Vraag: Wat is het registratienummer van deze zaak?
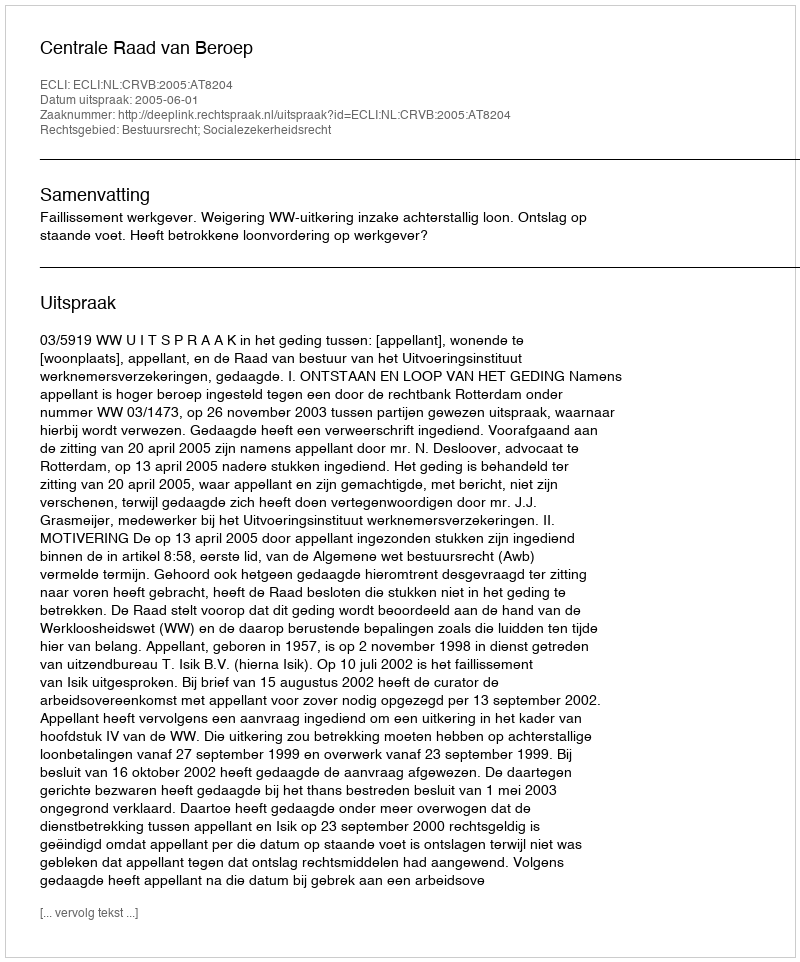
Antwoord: http://deeplink.rechtspraak.nl/uitspraak?id=ECLI:NL:CRVB:2005:AT8204